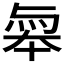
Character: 𠦮